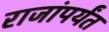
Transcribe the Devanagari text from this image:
राजांपर्यंत